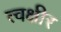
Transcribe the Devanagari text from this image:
त्वक्षीर